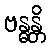
ဗန္ဓန္တိ